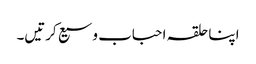
اپنا حلقہ احباب وسیع کرتیں۔